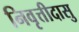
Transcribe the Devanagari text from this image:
निवृत्तीदासु